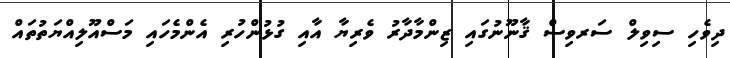
ދިވެހި ސިވިލް ސަރވިސް ޤާނޫނުގައި ޒިންމާދާރު ވެރިޔާ އާއި ގުޅުންހުރި އެންމެހައި މަސްއޫލިއްޔަތުތައް